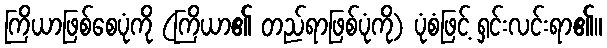
ကြိယာဖြစ်စေပုံကို (ကြိယာ၏ တည်ရာဖြစ်ပုံကို) ပုံစံဖြင့် ရှင်းလင်းရာ၏။